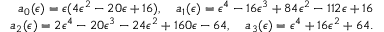
\begin{array} { r } { a _ { 0 } ( \epsilon ) = \epsilon ( 4 \epsilon ^ { 2 } - 2 0 \epsilon + 1 6 ) , \quad a _ { 1 } ( \epsilon ) = \epsilon ^ { 4 } - 1 6 \epsilon ^ { 3 } + 8 4 \epsilon ^ { 2 } - 1 1 2 \epsilon + 1 6 } \\ { a _ { 2 } ( \epsilon ) = 2 \epsilon ^ { 4 } - 2 0 \epsilon ^ { 3 } - 2 4 \epsilon ^ { 2 } + 1 6 0 \epsilon - 6 4 , \quad a _ { 3 } ( \epsilon ) = \epsilon ^ { 4 } + 1 6 \epsilon ^ { 2 } + 6 4 . } \end{array}